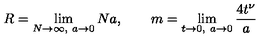
R = \lim _ { N \to \infty , \ a \to 0 } N a , \qquad m = \lim _ { t \to 0 , \ a \to 0 } \frac { 4 t ^ { \nu } } { a }